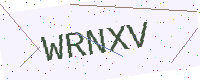
Text: WRNXV